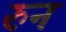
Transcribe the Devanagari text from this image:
रुन